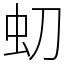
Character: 虭